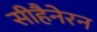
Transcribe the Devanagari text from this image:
सीहैनेरन